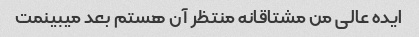
ایده عالی من مشتاقانه منتظر آن هستم بعد میبینمت